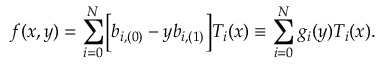
f ( x , y ) = \sum _ { i = 0 } ^ { N } \Bigl [ b _ { i , ( 0 ) } - y b _ { i , ( 1 ) } \Bigr ] T _ { i } ( x ) \equiv \sum _ { i = 0 } ^ { N } g _ { i } ( y ) T _ { i } ( x ) .